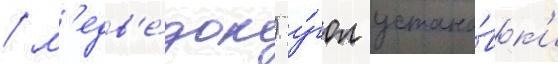
/ м'едв'е́док) у́гол устано́вк'и